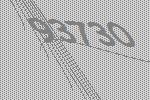
93730